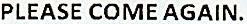
PLEASE COME AGAIN.